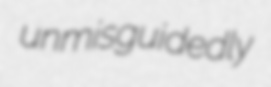
unmisguidedly